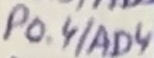
Text: P0.4/AD4